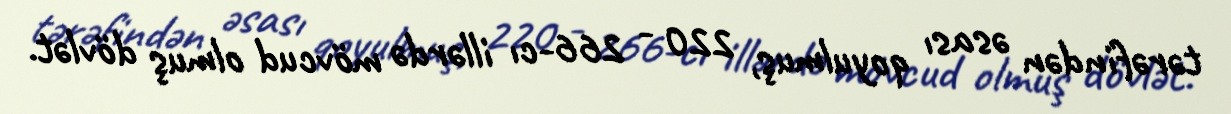
tərəfindən əsası qoyulmuş, 220 - 266-cı illərdə mövcud olmuş dövlət.